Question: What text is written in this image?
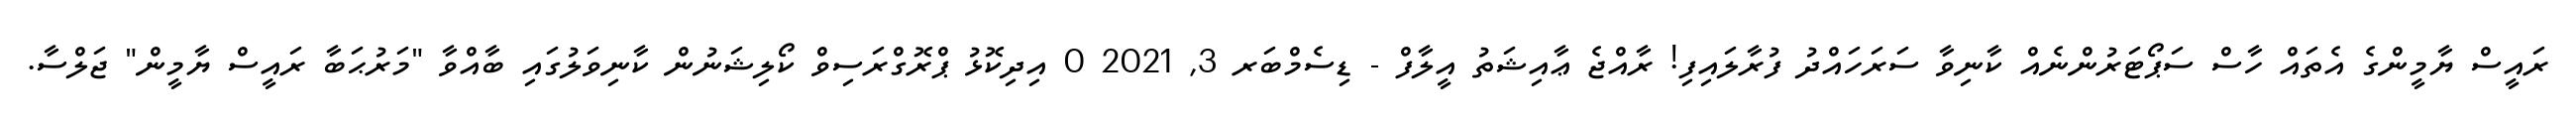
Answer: ރައީސް ޔާމީންގެ އެތައް ހާސް ސަޕޯޓަރުންނެއް ކާނިވާ ސަރަހައްދު ފުރާލައިފި! ރާއްޖެ ޢާއިޝަތު އީލާފް - ޑިސެމްބަރ 3, 2021 0 އިދިކޮޅު ޕްރޮގްރަސިވް ކޯލިޝަނުން ކާނިވަލުގައި ބާއްވާ "މަރުޙަބާ ރައީސް ޔާމީން" ޖަލްސާ.